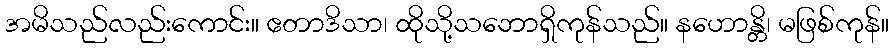
အမိသည်လည်းကောင်း။ ဧတာဒိသာ၊ ထိုသို့သဘောရှိကုန်သည်။ နဟောန္တိ၊ မဖြစ်ကုန်။